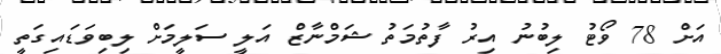
އަށް 78 ވޯޓު ލިބުނު އިރު ފާތުމަތު ޝަމްނާޒް އަލީ ސަލީމަށް ލިބިވަޑައިގަތީ